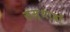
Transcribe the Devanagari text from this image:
संस्थावों